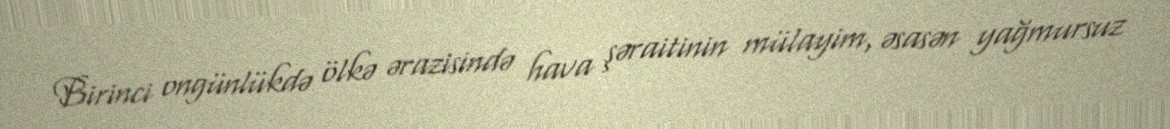
Birinci ongünlükdə ölkə ərazisində hava şəraitinin mülayim, əsasən yağmursuz